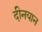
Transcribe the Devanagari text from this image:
दीनयान